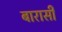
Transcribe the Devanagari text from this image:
बारासी